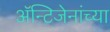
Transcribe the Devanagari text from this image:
अॅन्टिजेनांच्या